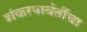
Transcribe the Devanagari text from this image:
शंकरपार्वतींचा